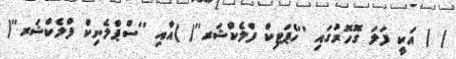
( ) އަކީ ފަލަ ގޮހޮރުގައި ''ހެޕަޓިކް ފްލެކްޝަރ''( )އާއި ''ސްޕްލެނިކް ފްލެކްޝަރ''(